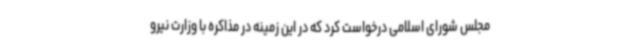
مجلس شورای اسلامی درخواست کرد که در این زمینه در مذاکره با وزارت نیرو